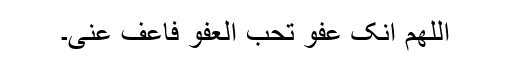
اللھم انک عفو تحب العفو فاعف عنی۔